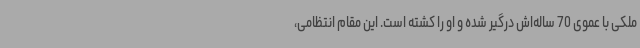
ملکی با عموی 70 ساله‌اش درگیر شده و او را کشته است. این مقام انتظامی،